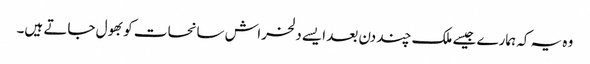
وہ یہ کہ ہمارے جیسے ملک چند دن بعد ایسے دلخراش سانحات کو بھول جاتے ہیں۔